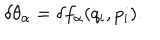
\delta \theta _ { \alpha } = \delta f _ { \alpha } ( q _ { i } , p _ { i } ) .